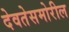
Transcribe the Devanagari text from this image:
देवतेसमोरील